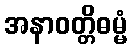
အနာဝတ္တိဓမ္မံ